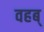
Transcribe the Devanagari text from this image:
वहब्